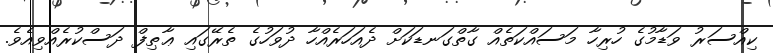
ކިއްސަރު ވަޑާމުގެ ހުރިހާ މަސައްކަތެއް ގާތްގަނޑަކަށް ދެއަހަރެއްހާ ދުވަހުގެ ތެރޭގައި ޢާޠިފް ދަސްކުރެއްވިއެވެ.